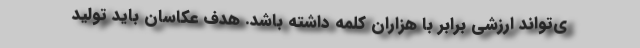
ی‌تواند ارزشی برابر با هزاران کلمه داشته باشد. هدف عکاسان باید تولید